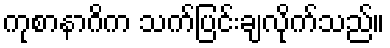
ကုစာနာဂိက သက်ပြင်းချလိုက်သည်။